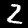
Digit: 2